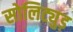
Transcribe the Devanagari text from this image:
सोलिट्युड़